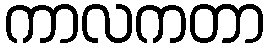
ကာလကတာ